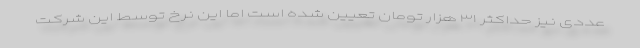
عددی نیز حداکثر ۳۱ هزار تومان تعیین شده است اما این نرخ توسط این شرکت